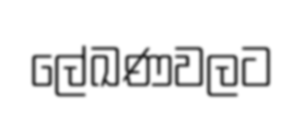
ලේඛණවලට